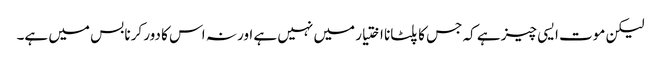
لیکن موت ایسی چیز ہے کہ جس کا پلٹانا اختیار میں نہیں ہے اور نہ اس کا دور کرنا بس میں ہے۔